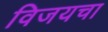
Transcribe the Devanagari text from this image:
विजयचा